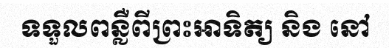
ទទួលពន្លឺពីព្រះអាទិត្យ និង នៅ